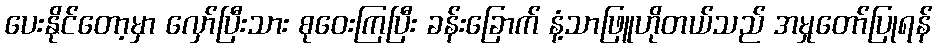
ပေးနိုင်တော့မှာ လှော်ပြီးသား စုဝေးကြပြီး ခန်းခြောက် နံ့သာဖြူဟိုတယ်သည် အမှုတော်ပြုရန်